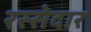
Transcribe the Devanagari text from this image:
रस्सेदार